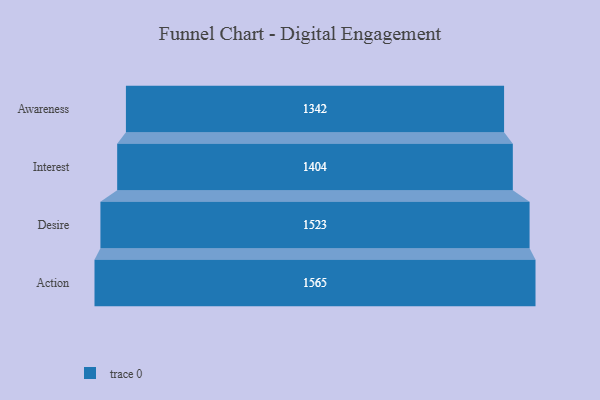
{"axis": {"x": "Stage", "y": "Value"}, "legend": [""], "data": [{"x": "Awareness", "y": 1342.0, "type": ""}, {"x": "Interest", "y": 1404.0, "type": ""}, {"x": "Desire", "y": 1523.0, "type": ""}, {"x": "Action", "y": 1565.0, "type": ""}]}